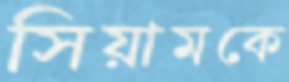
সিয়ামকে